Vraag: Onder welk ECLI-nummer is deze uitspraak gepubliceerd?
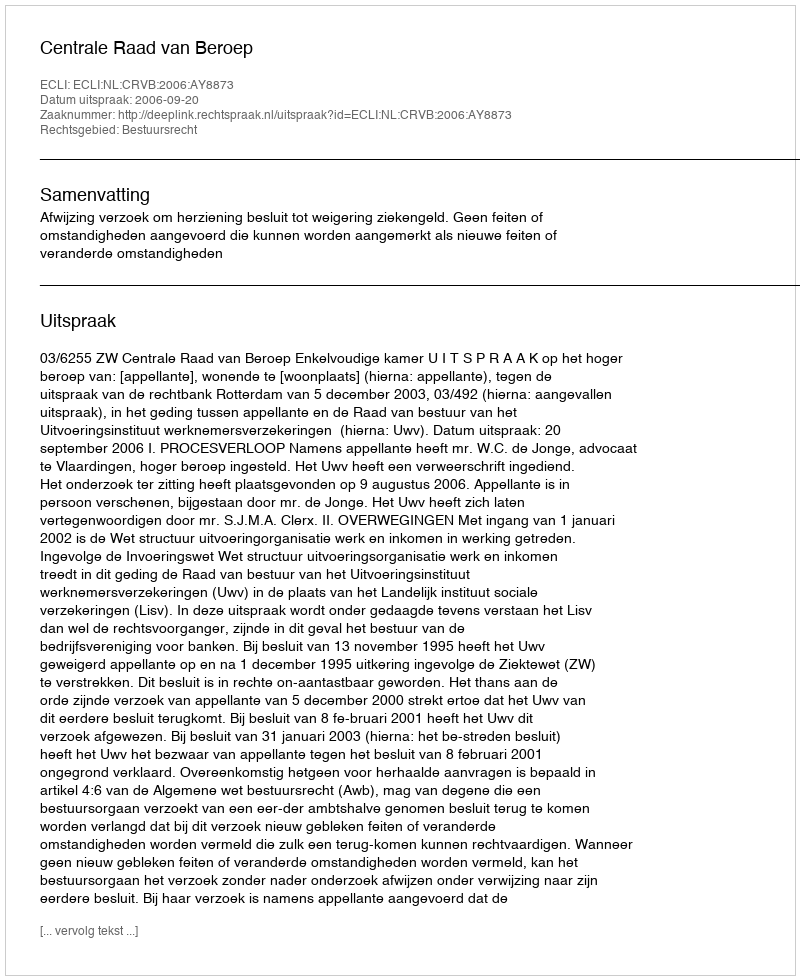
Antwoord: ECLI:NL:CRVB:2006:AY8873